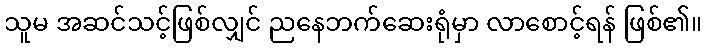
သူမ အဆင်သင့်ဖြစ်လျှင် ညနေဘက်ဆေးရုံမှာ လာစောင့်ရန် ဖြစ်၏။